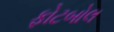
ફોટબોલ